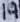
Text: 19